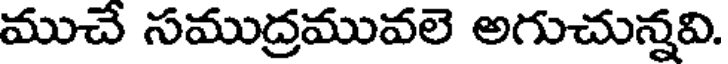
ముచే సముద్రమువలె అగుచున్నవి.